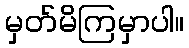
မှတ်မိကြမှာပါ။